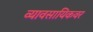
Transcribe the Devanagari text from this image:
व्यावसायिकवर